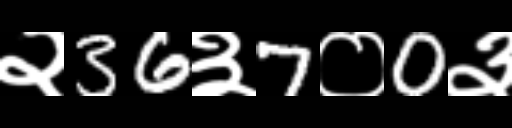
Text: २36३7०0३